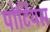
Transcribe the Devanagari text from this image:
पोर्टियस